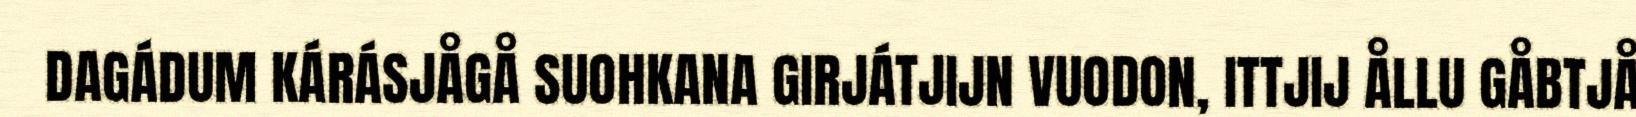
DAGÁDUM KÁRÁSJÅGÅ SUOHKANA GIRJÁTJIJN VUODON, ITTJIJ ÅLLU GÅBTJÅ